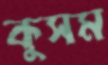
কুসম